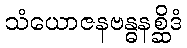
သံယောဇနဗန္ဓနစ္ဆိဒံ